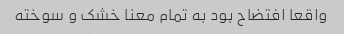
واقعا افتضاح بود به تمام معنا خشک و سوخته